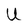
Character: U